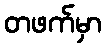
တဖက်မှာ